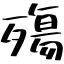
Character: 殤